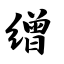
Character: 缯